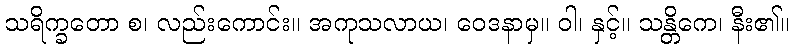
သရိက္ခတော စ၊ လည်းကောင်း။ အကုသလာယ၊ ဝေဒနာမှ။ ဝါ၊ နှင့်။ သန္တိကေ၊ နီး၏။